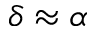
\delta \approx \alpha